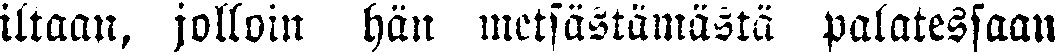
iltaan, jolloin hän metsästämästä palatessaan